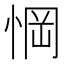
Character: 𢜟